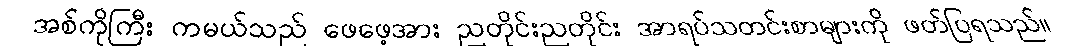
အစ်ကိုကြီး ကမယ်သည် ဖေဖေ့အား ညတိုင်းညတိုင်း အာရပ်သတင်းစာများကို ဖတ်ပြရသည်။